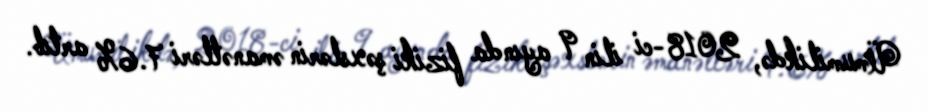
Ümumilikdə, 2018-ci ilin 9 ayında fiziki şəxslərin əmanətləri 7.6% artıb.